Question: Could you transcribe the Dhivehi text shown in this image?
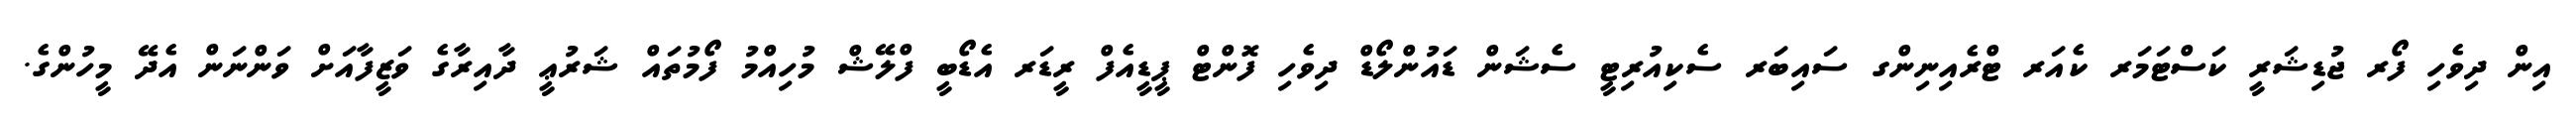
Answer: އިން ދިވެހި ފޯރ ޖުޑިޝަރީ ކަސްޓަމަރ ކެއަރ ޓްރެއިނިންގ ސައިބަރ ސެކިއުރިޓީ ސެޝަން ޑައުންލޯޑް ދިވެހި ފޮންޓް ޕީޑީއެފް ރީޑަރ އެޑޯބީ ފްލޭޝް މުހިއްމު ފޯމުތައް ޝަރުޢީ ދާއިރާގެ ވަޒީފާއަށް ވަންނަން އެދޭ މީހުންގެ.